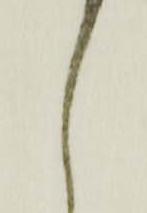
候